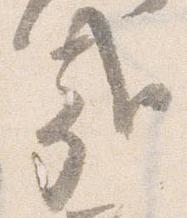
哉